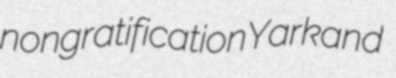
nongratification Yarkand